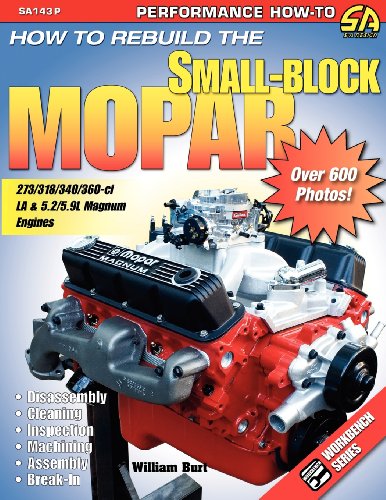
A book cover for How to Rebuild the Small-Block Mopar; William Burt; Engineering & Transportation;